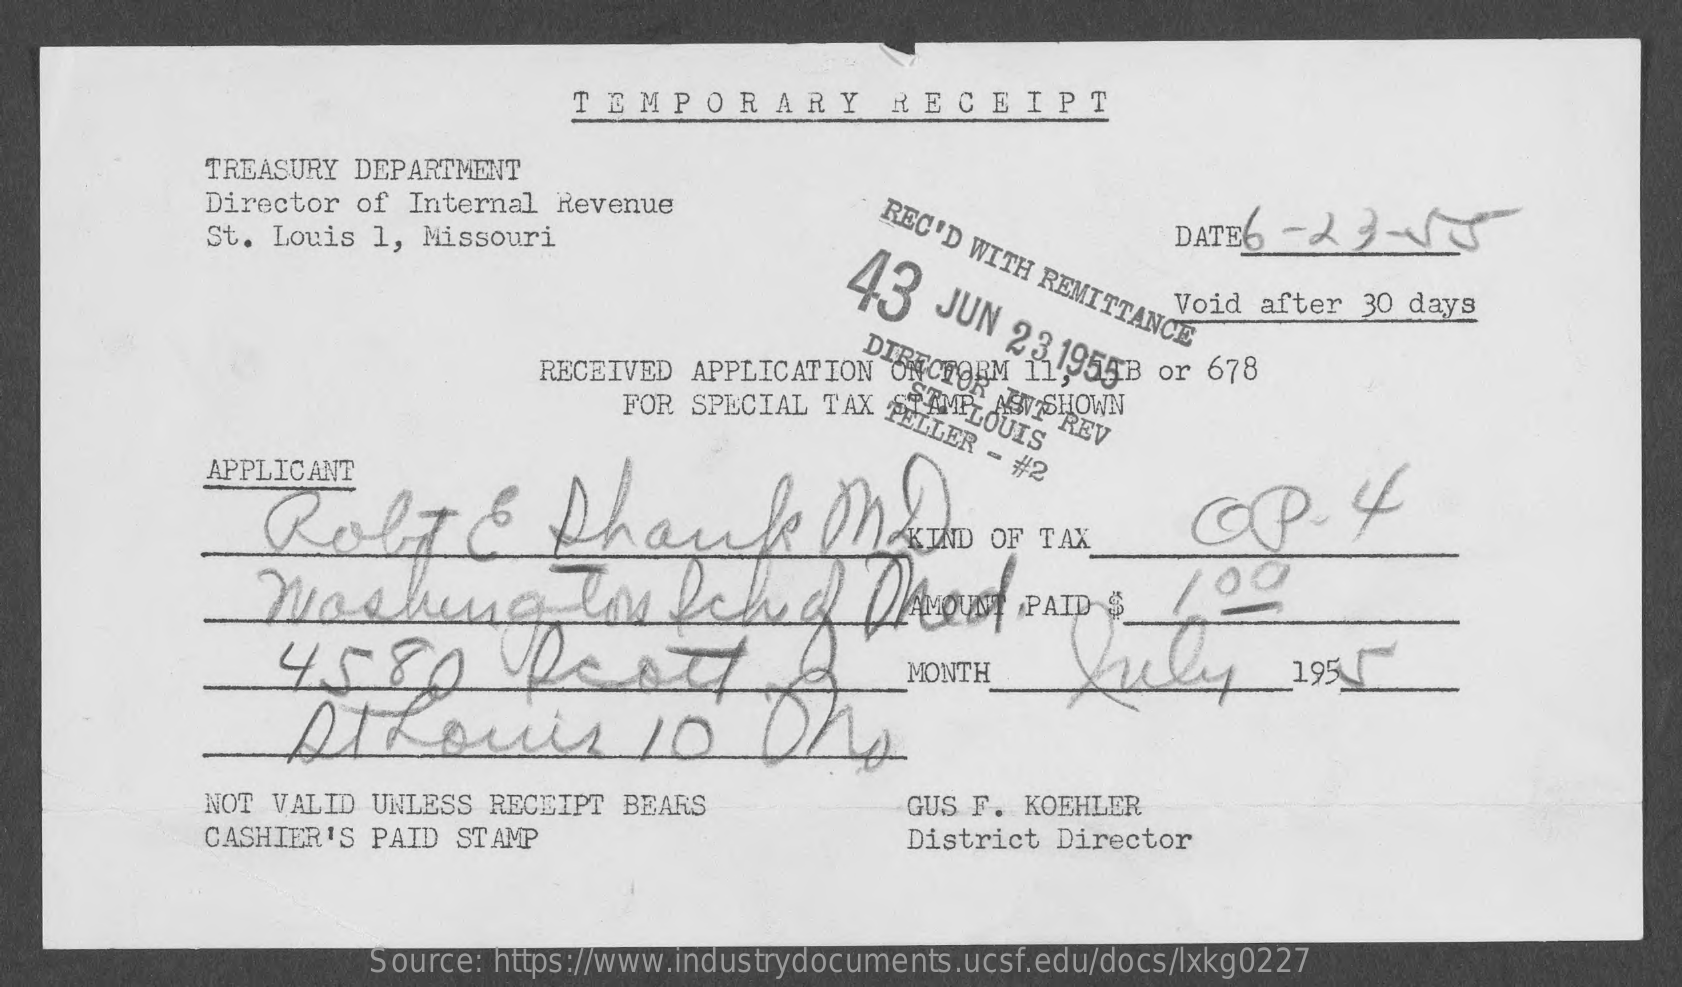
TEMPORARY    RECEIPT
     TREASURY    DEPARTMENT
     Director    of   Internal    Revenue
     REC'D
     WITH
     REMITTANCE
     St.   Louis    1,    Missouri
     43
     DATE6    -  23    -58
     JUN
     23,1954B
     or   678
     Void    after    30   days
     RECEIVED    APPLICATION    DIRECTORMINCHOWN RAINPREV SEMLOUIS FOR SPECIAL TAX
     PELLER
     -
     #2 APPLICANT
     RolT    &    Phand    MAID    OF   TAX    OP.    4
     Washig    linech    of    DArowy    PAID$    100
     4580    Veoch    MONTH    July    199
     NOT    VALID    UNLESS    RECEIPT    BEARS    GUS    F.    KOEHLER
     CASHIER'S    PAID    STAMP    District    Director
     Source:    https://www.industrydocuments.ucsf.edu/docs/lxkg0227